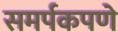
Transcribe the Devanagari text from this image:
समर्पकपणे